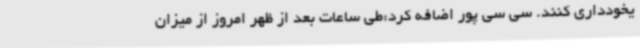
یخودداری کنند. سی سی پور اضافه کرد:طی ساعات بعد از ظهر امروز از میزان